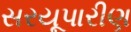
સરયૂપારીણ